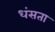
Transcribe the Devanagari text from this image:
धंसता